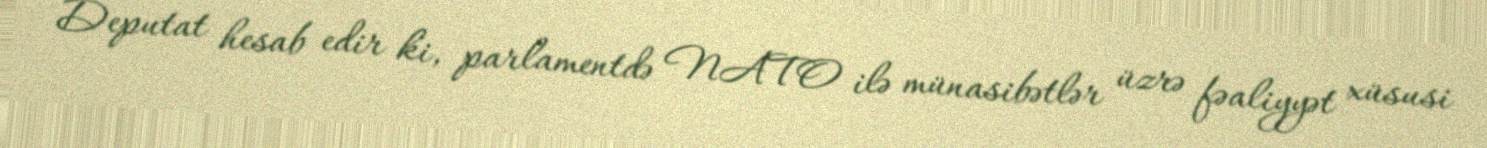
Deputat hesab edir ki, parlamentdə NATO ilə münasibətlər üzrə fəaliyyət xüsusi